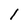
Character: 1